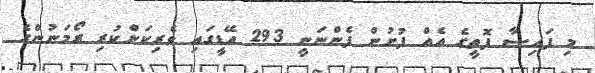
މި ފައިސާ ފޮތީގެ އެއް ފުށުން ފެންނަނީ 293 އޭޑީގައި ވެރިކަންކުރި ރޯމަނުންގެ